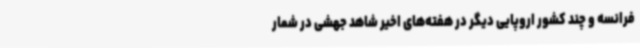
فرانسه و چند کشور اروپایی دیگر در هفته‌های اخیر شاهد جهشی در شمار